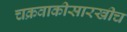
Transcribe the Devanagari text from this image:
चक्रवाकीसारखीच